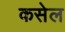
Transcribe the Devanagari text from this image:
कसेल